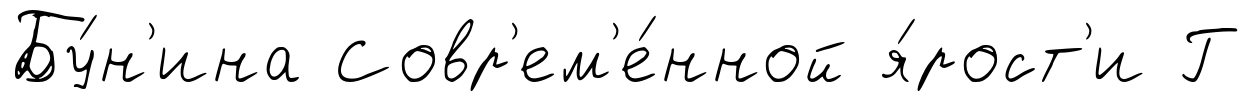
Бу́н'ина Совр'ем'е́нной я́рост'и Г